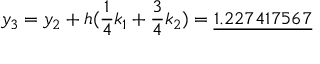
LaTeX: y _ { 3 } = y _ { 2 } + h ( { \frac { 1 } { 4 } } k _ { 1 } + { \frac { 3 } { 4 } } k _ { 2 } ) = { \underline { { 1 . 2 2 7 4 1 7 5 6 7 } } }